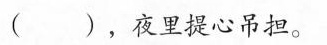
()，夜里提心吊担。